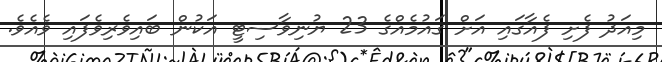
މިއަދު ފެށި ފެއާގައި އަށް ގައުމެއްގެ 23 ޔުނިވާސިޓީ އަކުން ބައިވެރިވެފައި ވެއެވެ.